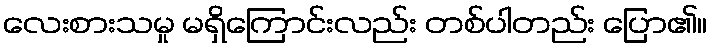
လေးစားသမှု မရှိကြောင်းလည်း တစ်ပါတည်း ပြော၏။